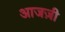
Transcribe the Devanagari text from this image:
आजज़ी